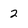
Character: 2